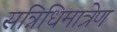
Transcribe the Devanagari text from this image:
सन्निधिमात्रेण